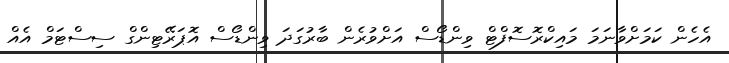
އެހެން ކަމަށްވާނަމަ މައިކްރޮސޮފްޓް ވިންޑޯސް އަށްވުރެން ބާރުގަދަ ވިންޑޯސް އޮޕަރޭޓިންގް ސިސްޓަމް އެއް